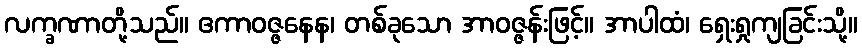
လက္ခဏာတို့သည်။ ဧကာဝဇ္ဇနေန၊ တစ်ခုသော အာဝဇ္ဇန်းဖြင့်။ အာပါထံ၊ ရှေးရှုကျခြင်းသို့။